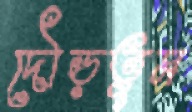
দৌড়তুম